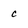
Character: c